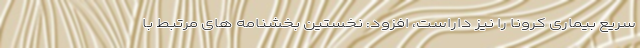
سریع بیماری کرونا را نیز داراست، افزود: نخستین بخشنامه های مرتبط با